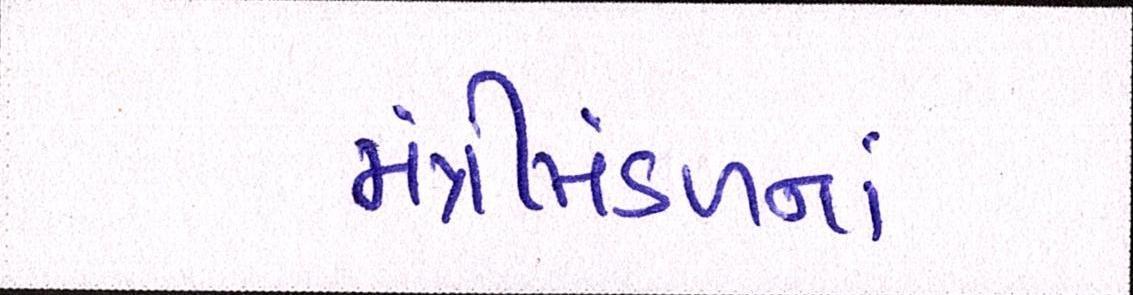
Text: મંત્રીમંડળનાં